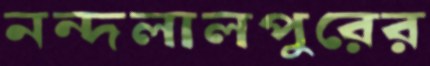
নন্দলালপুরের